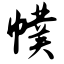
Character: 幞